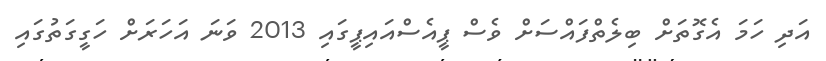
އަދި ހަމަ އެގޮތަށް ބިލެތްފައްސަށް ވެސް ޕީއެސްއައިޕީގައި 2013 ވަނަ އަހަރަށް ހަގީގަތުގައި